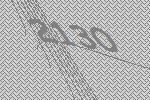
2130